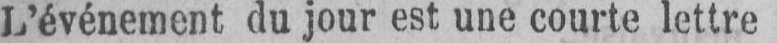
L’événement du jour est une courte lettre